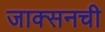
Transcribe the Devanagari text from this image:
जाक्सनची